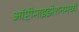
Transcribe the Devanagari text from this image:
ऑप्टीमाइझेशनमध्ये